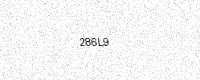
Text: 286L9